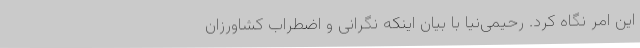
این امر نگاه کرد. رحیمی‌نیا با بیان اینکه نگرانی و اضطراب کشاورزان